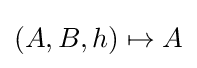
(A,B,h)\mapsto A